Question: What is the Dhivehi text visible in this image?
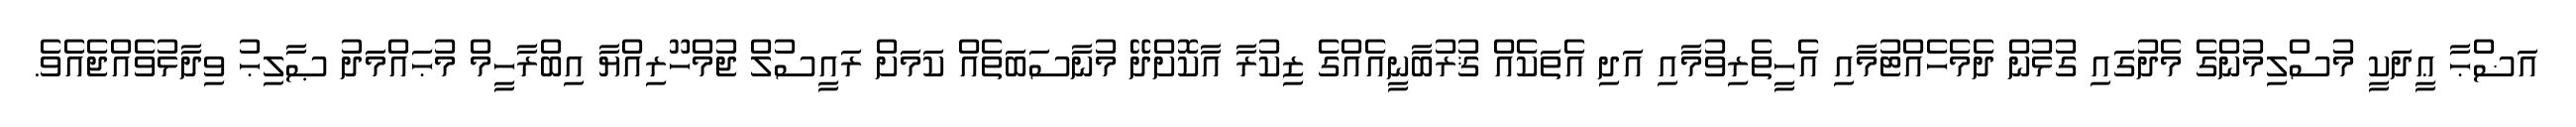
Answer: އަޟްޙާ ޢީދަކީ މުސްލިމުންގެ މެދުގައި ގުޅުން ދެމެހެއްޓުމާއި އެހީތެރިވުމާއި އަދި އެތަކެއް ޤުރުބާނީއެއްގެ ޒިކުރާ އާކޮށްދޭ މުނާސަބަތެއް ކަމަށް ރައީސުލް ޖުމްހޫރިއްޔާ އިބްރާހީމް މުޙައްމަދު ޞާލިޙު ވިދާޅުވެއްޖެއެވެ.